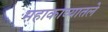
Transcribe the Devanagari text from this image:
महाकाव्यातले